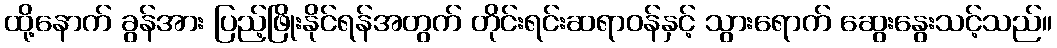
ထို့နောက် ခွန်အား ပြည့်ဖြိုးနိုင်ရန်အတွက် တိုင်းရင်းဆရာဝန်နှင့် သွားရောက် ဆွေးနွေးသင့်သည်။